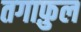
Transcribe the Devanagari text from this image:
तगाफ़ुल